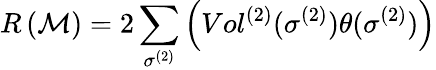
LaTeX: R\left(\mathcal{M}\right)=2\sum_{\sigma^{(2)}}\left(Vol^{(2)}(\sigma^{(2)})\theta(\sigma^{(2)})\right)